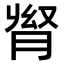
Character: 𦛬